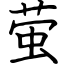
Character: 萤